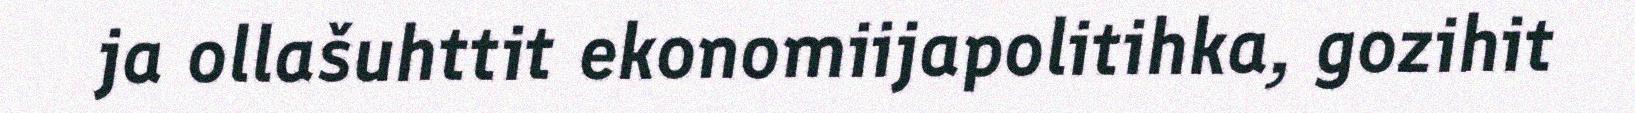
ja ollašuhttit ekonomiijapolitihka, gozihit